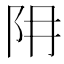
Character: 𨸨